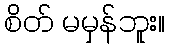
စိတ် မမှန်ဘူး။